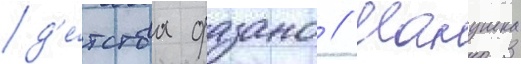
д'е́тства фазано // Манушка